Insane asylums in Bengal annual reports 1876-1887 - 1876-1887
Year: 1876
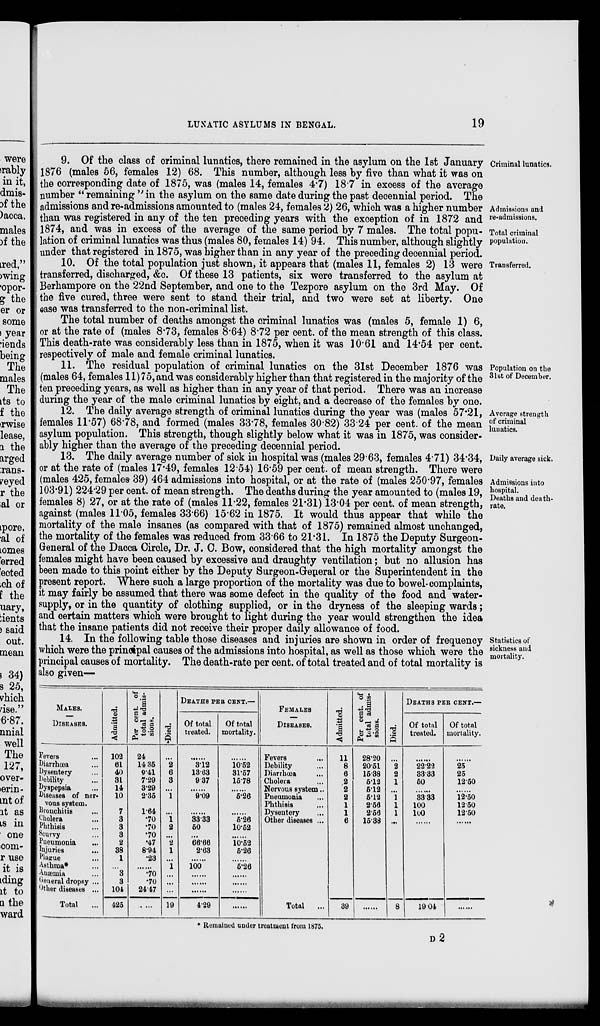
LUNATIC ASYLUMS IN BENGAL.
19
Criminal lunatics.
Admissions and
re-admissions.
Total criminal
population.
9. Of the class of criminal lunatics, there remained in the asylum on the 1st January
1876 (males 56, females 12) 68. This number, although less by five than what it was on
the corresponding date of 1875, was (males 14, females 4.7) 18.7 in excess of the average
number “ remaining ” in the asylum on the same date during the past decennial period. The
admissions and re-admissions amounted to (males 24, females 2) 26, which was a higher number
than was registered in any of the ten preceding years with the exception of in 1872 and
1874, and was in excess of the average of the same period by 7 males. The total popu-
lation of criminal lunatics was thus (males 80, females 14) 94. This number, although slightly
under that registered in 1875, was higher than in any year of the preceding decennial period.
Transferred.
10. Of the total population just shown, it appears that (males 11, females 2) 13 were
transferred, discharged, &c. Of these 13 patients, six were transferred to the asylum at
Berhampore on the 22nd September, and one to the Tezpore asylum on the 3rd May. Of
the five cured, three were sent to stand their trial, and two were set at liberty. One
case was transferred to the non-criminal list.
The total number of deaths amongst the criminal lunatics was (males 5, female 1) 6,
or at the rate of (males 8.73, females 8.64) 8.72 per cent. of the mean strength of this class.
This death-rate was considerably less than in 1875, when it was 10.61 and 14.54 per cent.
respectively of male and female criminal lunatics.
Population on the
31st of December.
11. The residual population of criminal lunatics on the 31st December 1876 was
(males 64, females 11) 75, and was considerably higher than that registered in the majority of the
ten preceding years, as well as higher than in any year of that period. There was an increase
during the year of the male criminal lunatics by eight, and a decrease of the females by one.
Average strength
of criminal
lunatics.
12. The daily average strength of criminal lunatics during the year was (males 57.21,
females 11.57) 68.78, and formed (males 33.78, females 30.82) 33.24 per cent. of the mean
asylum population. This strength, though slightly below what it was in 1875, was consider-
ably higher than the average of the preceding decennial period.
Daily average sick.
Admissions into
hospital.
Deaths and death-
rate.
13. The daily average number of sick in hospital was (males 29.63, females 4.71) 34.34,
or at the rate of (males 17.49, females 12.54) 16.59 per cent. of mean strength. There were
(males 425, females 39) 464 admissions into hospital, or at the rate of (males 250.97, females
103.91) 224.29 per cent. of mean strength. The deaths during the year amounted to (males 19,
females 8) 27, or at the rate of (males 11.22, females 21.31) 13.04 per cent. of mean strength,
against (males 11.05, females 33.66) 15.62 in 1875. It would thus appear that while the
mortality of the male insanes (as compared with that of 1875) remained almost unchanged,
the mortality of the females was reduced from 33.66 to 21.31. In 1875 the Deputy Surgeon-
General of the Dacca Circle, Dr. J. C. Bow, considered that the high mortality amongst the
females might have been caused by excessive and draughty ventilation; but no allusion has
been made to this point either by the Deputy Surgeon-General or the Superintendent in the
present report. Where such a large proportion of the mortality was due to bowel-complaints,
it may fairly be assumed that there was some defect in the quality of the food and water-
supply, or in the quantity of clothing supplied, or in the dryness of the sleeping wards;
and certain matters which were brought to light during the year would strengthen the idea
that the insane patients did not receive their proper daily allowance of food.
Statistics of
sickness and
mortality.
14. In the following table those diseases and injuries are shown in order of frequency
which were the principal causes of the admissions into hospital, as well as those which were the
principal causes of mortality. The death-rate per cent. of total treated and of total mortality is
also given—
MALES.
—
DISEASES.
Fevers ...
Diarrhœa ...
Dysentery ...
Debility ...
Dyspepsia ...
Diseases of ner-
vous system.
Bronchitis ...
Cholera ...
Phthisis ...
Scurvy ...
Pueumonia ...
Injuries ...
Plague ...
Asthma* ...
Anæmia ...
General dropsy ...
Other diseases ...
Total ...
Admitted.
102
61
40
31
14
10
7
3
3
3
2
38
1
...
3
3
101
425
Per cent. of
total admis-
sions.
24
14.35
9.41
7.29
3.29
2.35
1.64
.70
.70
.70
.47
8.94
.23
......
.70
.70
24.47
......
Died.
...
2
6
3
...
1
...
1
2
...
2
1
...
1
...
...
...
19
DEATHS PER CENT.—
Of total
treated.
......
3.12
13.63
9.37
......
9.09
......
33.33
50
...
66.66
2.63
......
100
......
......
......
4.29
Of total
mortality.
......
10.52
31.57
15.78
......
5.26
......
5.26
10.52
......
10.52
5.26
......
5.26
......
......
......
......
FEMALES
DISEASES.
Fevers ...
Debility ...
Diarrhœa ...
Cholera ...
Nervous system ...
Pneumonia ...
Phthisis ...
Dysentery ...
Other diseases ...
Total ...
Admitted.
11
8
6
2
2
2
1
1
6
39
Per cent. of
total admis-
sions.
28.20
20.51
15.38
5.12
5.12
5.12
2.56
2.56
15.38
Died.
...
2
2
1
...
1
1
1
...
8
DEATHS PER CENT.—
Of total
treated.
......
22.22
33.33
50
......
33.33
100
100
...
19.04
Of total
mortality.
......
25
25
12.50
...
12.50
12.50
12.50
......
......
* Remained under treatment from 1875.
D2